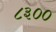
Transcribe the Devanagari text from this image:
८३००